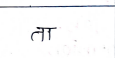
मजकूर: ता